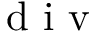
\mathrm { ~ d ~ i ~ v ~ }